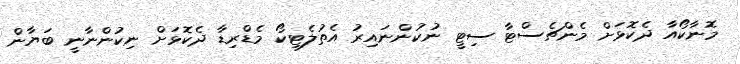
މޮނާކޯއާ ދެކޮޅަށް މެންޗެސްޓާ ސިޓީ ނުކުންނައިރު އެތުލެޓިކޯ މެޑްރިޑާ ދެކޮޅަށް ނިކުންނާނީ ބަޔާން